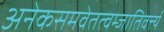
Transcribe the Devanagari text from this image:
अनेकसमवेतत्वम्जातिवर्त्त्य